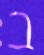
ב